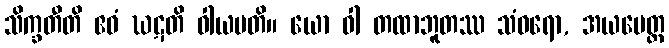
သိက္ခတီတိ ဧဝံ ဃဋတိ ဝါယမတိ။ ယော ဝါ တထာဘူတဿ သံဝရော, အယမေတ္ထ